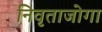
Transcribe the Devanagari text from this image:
निवृताजोगा